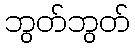
ဘွတ်ဘွတ်